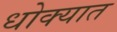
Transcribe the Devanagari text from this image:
धोक्‍यात